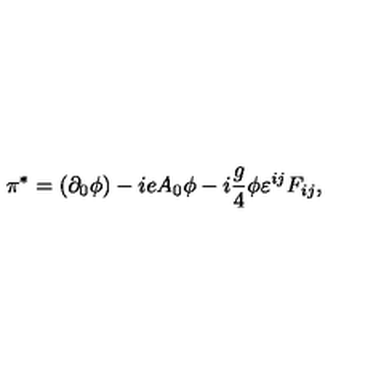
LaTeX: \pi ^ { * } = ( \partial _ { 0 } \phi ) - i e A _ { 0 } \phi - i \frac g 4 \phi \varepsilon ^ { i j } F _ { i j } ,